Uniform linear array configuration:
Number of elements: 32
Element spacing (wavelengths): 0.75
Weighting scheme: kaiser
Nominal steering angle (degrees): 45
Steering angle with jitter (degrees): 45.898
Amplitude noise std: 0.05
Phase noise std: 0.05

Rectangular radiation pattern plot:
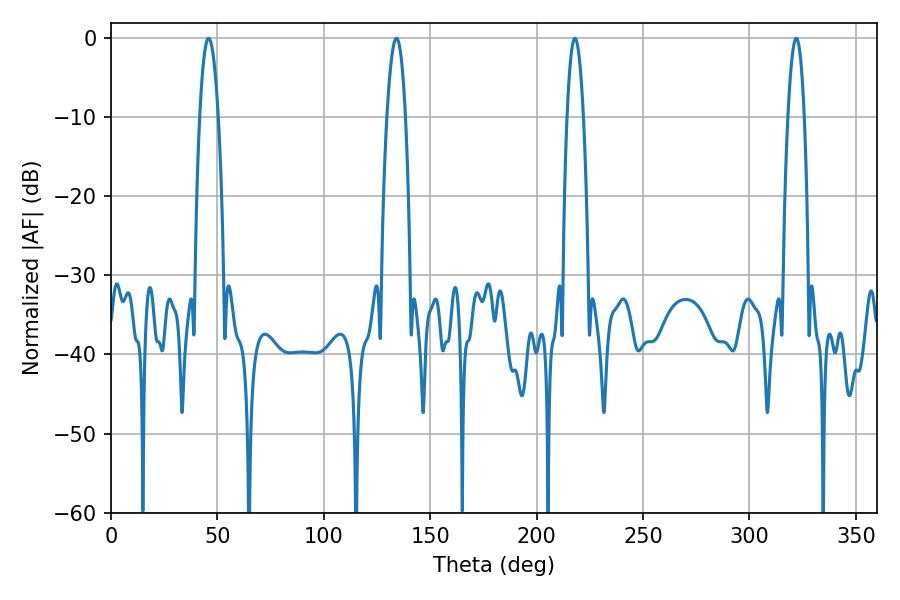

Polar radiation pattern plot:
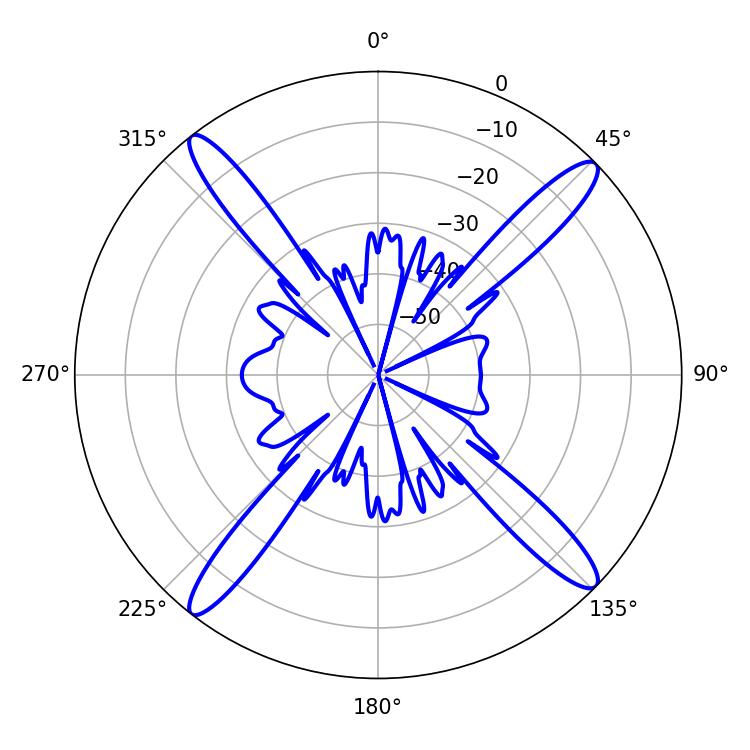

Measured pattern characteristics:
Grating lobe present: TRUE
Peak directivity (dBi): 18.031
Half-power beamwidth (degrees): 4.14
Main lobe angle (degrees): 217.98